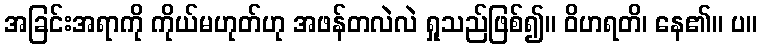
အခြင်းအရာကို ကိုယ်မဟုတ်ဟု အဖန်တလဲလဲ ရှုသည်ဖြစ်၍။ ဝိဟရတိ၊ နေ၏။ ပ။